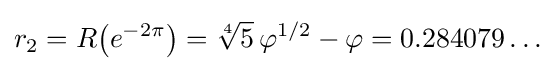
r_{2}=R{\big (}e^{-2\pi }{\big )}={\sqrt[{4}]{5}}\,\varphi ^{1/2}-\varphi =0.284079\dots